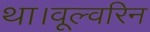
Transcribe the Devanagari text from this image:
था।वूल्वरिन